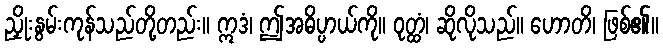
ညှိုးနွမ်းကုန်သည်တို့တည်း။ ဣဒံ၊ ဤအဓိပ္ပာယ်ကို။ ဝုတ္ထံ၊ ဆိုလိုသည်။ ဟောတိ၊ ဖြစ်၏။